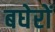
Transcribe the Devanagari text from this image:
बघेरों